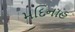
મદિનાહ